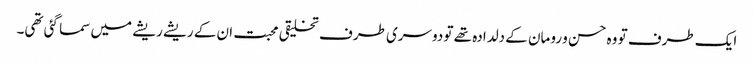
ایک طرف تو وہ حسن و رومان کے دلدادہ تھے تو دوسری طرف تخلیقی محبت ان کے ریشے ریشے میں سما گئی تھی۔